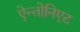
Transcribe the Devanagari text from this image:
ऐन्तोनिएट